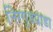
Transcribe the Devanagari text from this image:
निरगुडपाडा